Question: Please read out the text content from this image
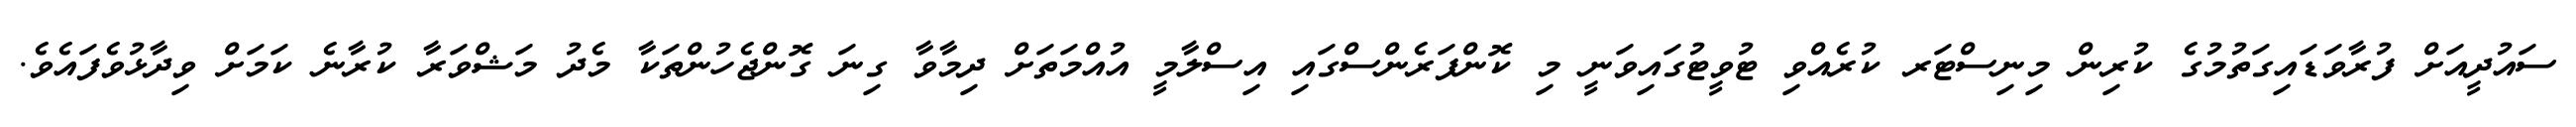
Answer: ސައުދީއަށް ފުރާވަޑައިގަތުމުގެ ކުރިން މިނިސްޓަރ ކުރެއްވި ޓުވީޓުގައިވަނީ މި ކޮންފަރެންސްގައި އިސްލާމީ އުއްމަތަށް ދިމާވާ ގިނަ ގޮންޖެހުންތަކާ މެދު މަޝްވަރާ ކުރާނެ ކަމަށް ވިދާޅުވެފައެވެ.